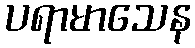
ပရာမာသေန